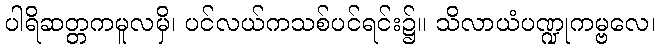
ပါရိဆတ္တကမူလမှိ၊ ပင်လယ်ကသစ်ပင်ရင်း၌။ သိလာယံပဏ္ဍုကမ္ဗလေ၊